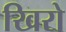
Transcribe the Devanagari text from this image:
खिरो